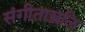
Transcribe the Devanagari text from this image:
संगीताञ्जलि